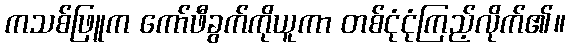
ကသစ်ဖြူက ကော်ဖီခွက်ကိုယူကာ တစ်ငုံငုံကြည့်လိုက်၏။